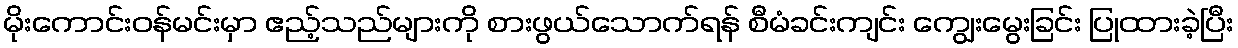
မိုးကောင်းဝန်မင်းမှာ ဧည့်သည်များကို စားဖွယ်သောက်ရန် စီမံခင်းကျင်း ကျွေးမွေးခြင်း ပြုထားခဲ့ပြီး